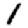
Digit: 1